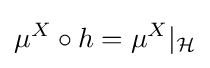
\mu ^{X}\circ h=\mu ^{X}|_{\mathcal {H}}